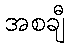
အစချီ